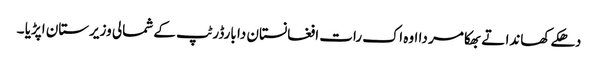
دھکے کھاندا تے بھکا مر دا اوہ اک رات افغانستان دا بارڈر ٹپ کے شمالی وزیرستان اپڑیا ۔